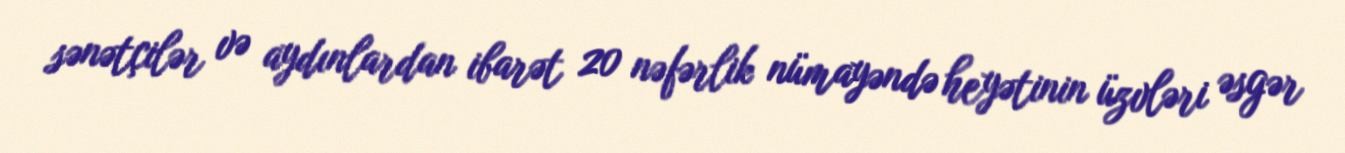
sənətçilər və aydınlardan ibarət 20 nəfərlik nümayəndə heyətinin üzvləri əsgər